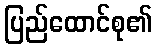
ပြည်ထောင်စု၏